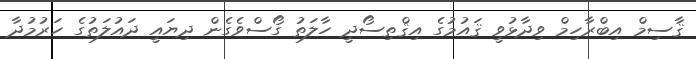
ޤާސިމް އިބްރާހިމް ވިދާޅުވީ ޤައުމުގެ އިޤްތިސޯދީ ހާލަތު ގޯސްވެގެން ދިޔައީ ދައުލަތުގެ ހަރުމުދާ